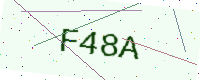
Text: F48A